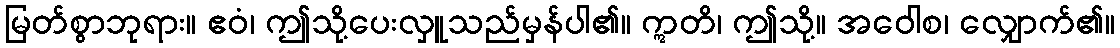
မြတ်စွာဘုရား။ ဧဝံ၊ ဤသို့ပေးလှူသည်မှန်ပါ၏။ ဣတိ၊ ဤသို့။ အဝေါစ၊ လျှောက်၏။